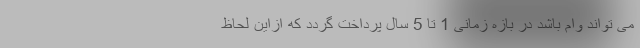
می تواند وام باشد در بازه زمانی 1 تا 5 سال پرداخت گردد که ازاین لحاظ